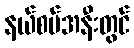
နယ်စပ်အနီးတွင်